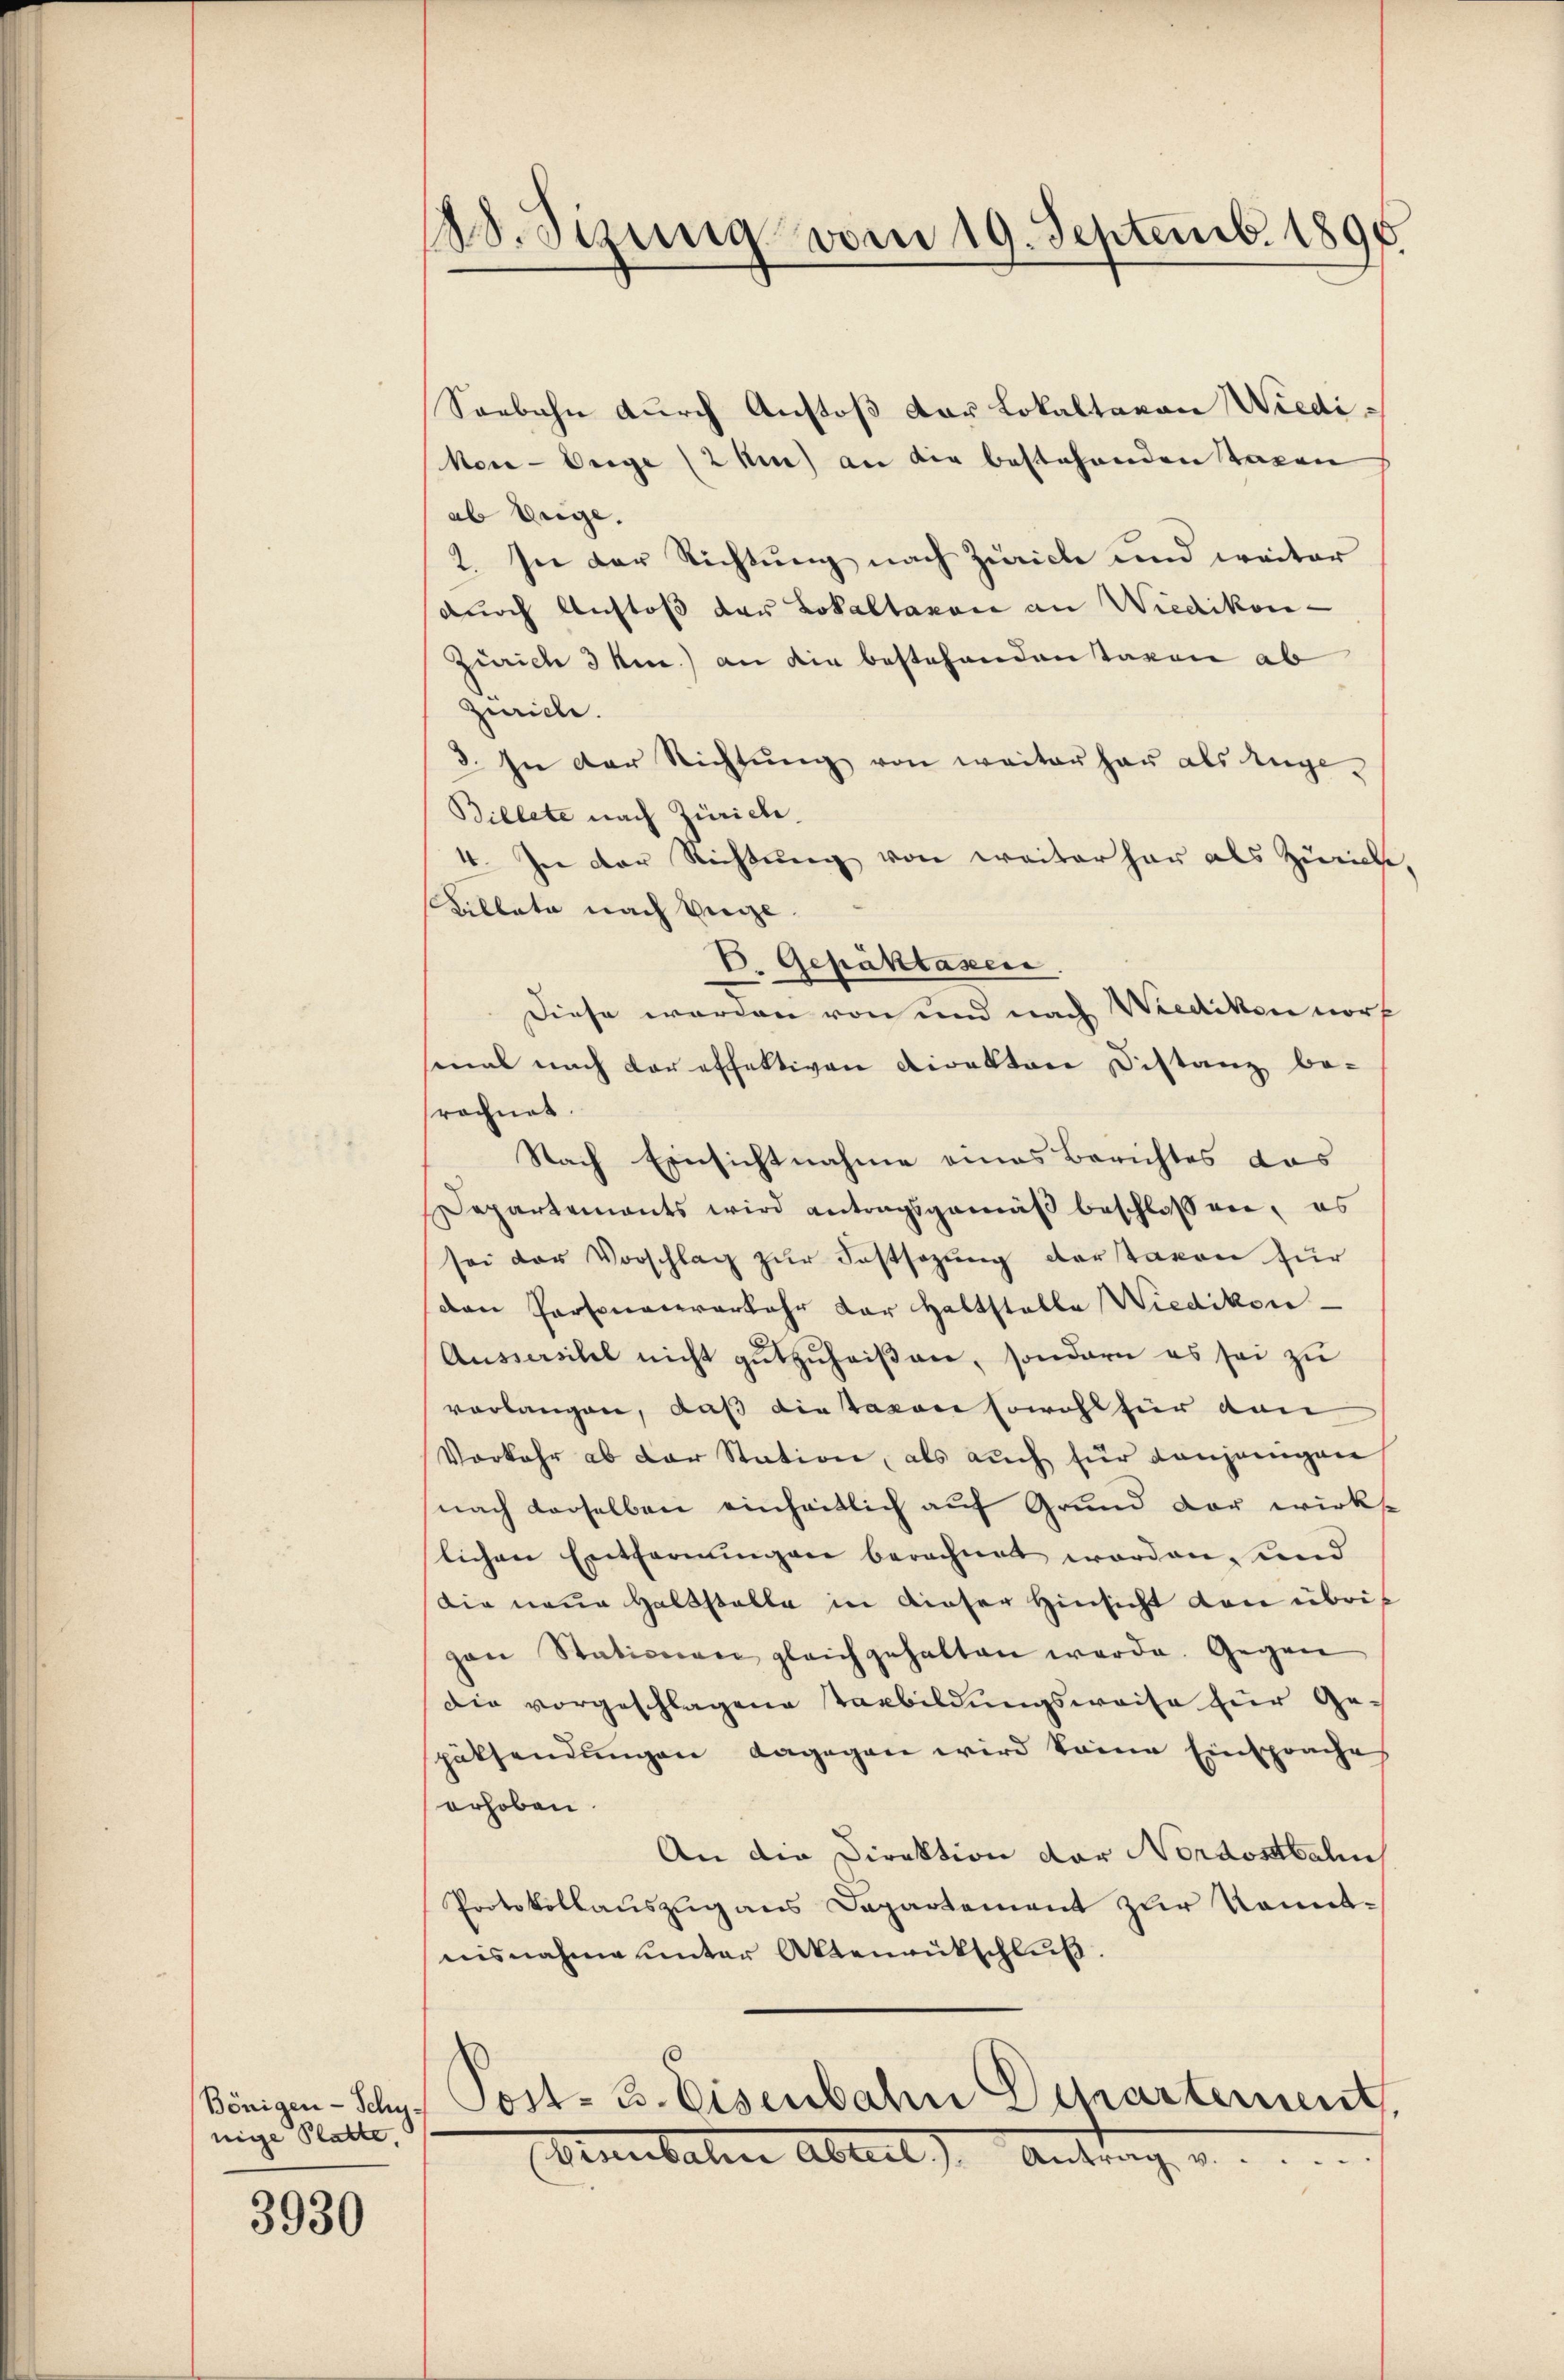
nige Platte.

3930

18. Sitzung vom 19. Septemb. 1896.

Seebahn durch Anstoß der Lokaltavon Wiediker-Enge (2 km) an die bestehenden Tagen
ab Weige,
2. In der Richtŭng nach Zürich und weiter
durch Anstoß der Lokaltaxore an Wiedikon -
Zürich 3 km.) an die bestehenden Tagen ab
Zürich.
3. In der Richtŭng von weiterhau als Ange¬
Billete nach Zürich.
4. In der Richtung von weiterhar als Zürich,
Billata nach Verge
E. Gepäktasen.
Diese werden von und nach Wiedikon norf
mal nach dareffektiven Direktore Distanz be-
srechnet.
Nach Einsichtnahme eines Berichtes das
EDepartements wird antragsgemäß beschlossen, es
sei der Vorschlag zŭr Festsezung der taxen für
den Personaceverkehr der Haltstelle Wiedikon
Aussersitel nicht gutzuheißen, sondern es sei zu
vorlangen, daß die davon sowohl für den
Vorkehr ab der Station, als auch für denjenigen
nach derselben einheitlich auf Grund der wirks
slichen Entfernungen berechnet worden, und
Die neue Halbstalle in dieser Hinsicht den übrizan Stationen gleichgehalten werde. Gegen
Die vorgeschlagene Vorbildungsweise zur Gepüksendungen dagegen wird keine Einspraches
erhoben.
An die Direktion der Nordostbahn
Protokollauszug aus Departement zur Kometnisnahme unter Aktenrütschluß.

¬
Bönigen-Schy. Post- 3. Eisenbahn Departement
Anubalten Abteil) Antrag. v.